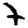
Digit: 7